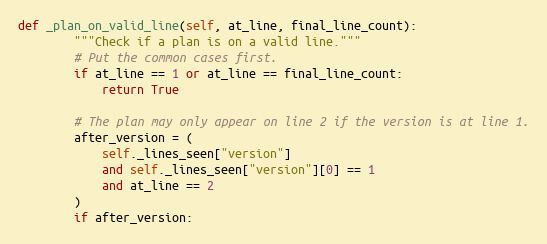
Language: Python
def _plan_on_valid_line(self, at_line, final_line_count):
        """Check if a plan is on a valid line."""
        # Put the common cases first.
        if at_line == 1 or at_line == final_line_count:
            return True

        # The plan may only appear on line 2 if the version is at line 1.
        after_version = (
            self._lines_seen["version"]
            and self._lines_seen["version"][0] == 1
            and at_line == 2
        )
        if after_version: